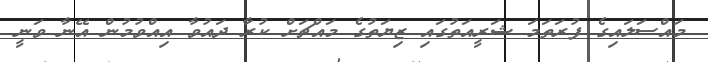
މައްސަލައިގެ ފުރަތަމަ ޝަރީއަތުގައި ޒިޔަތުގެ މައްޗަށް ކުރާ ދައުވާ އިއްވުމުން އޭނާ ވަނީ